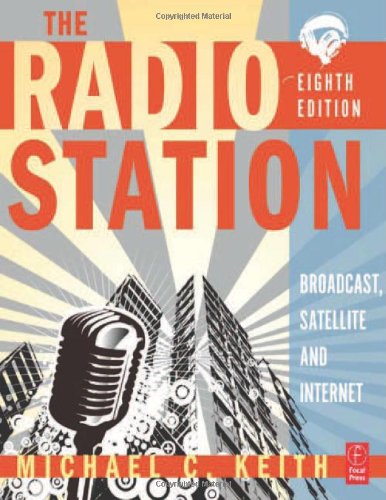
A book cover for The Radio Station: Broadcast, Satellite and Internet; Michael C Keith; Humor & Entertainment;